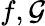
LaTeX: f,\mathcal{G}